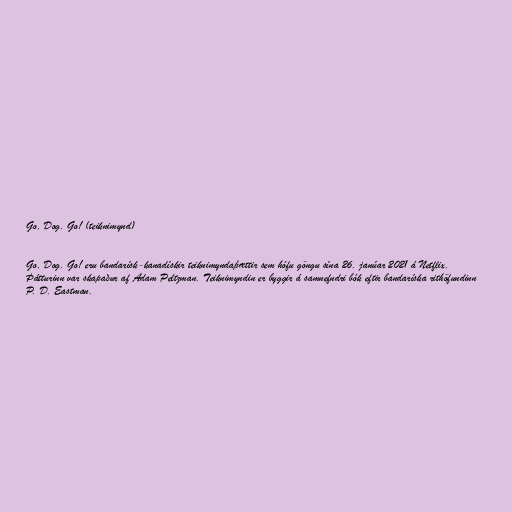
Go, Dog. Go! (teiknimynd)

Go, Dog. Go! eru bandarísk-kanadískir teiknimyndaþættir sem hófu göngu sína 26. janúar 2021 á Netflix.
Þátturinn var skapaður af Adam Peltzman. Teiknimyndin er byggir á samnefndri bók eftir bandaríska rithöfundinn
P. D. Eastman.